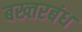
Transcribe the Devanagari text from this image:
बख्तरबंध